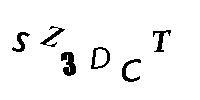
SZ3DCT